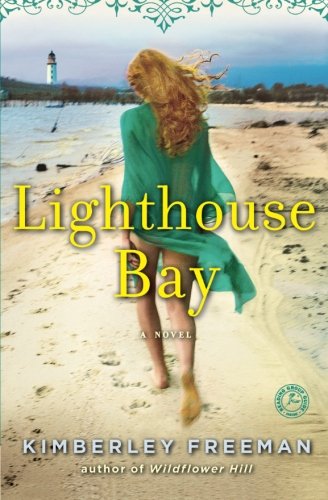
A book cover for Lighthouse Bay: A Novel; Kimberley Freeman; Romance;